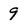
Character: 9